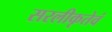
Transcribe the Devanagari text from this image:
सरलीकृतेवं